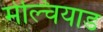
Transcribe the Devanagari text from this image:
मेल्चियाड